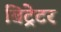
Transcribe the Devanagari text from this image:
बिट्रेटर